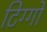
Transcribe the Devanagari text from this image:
टिग्गो